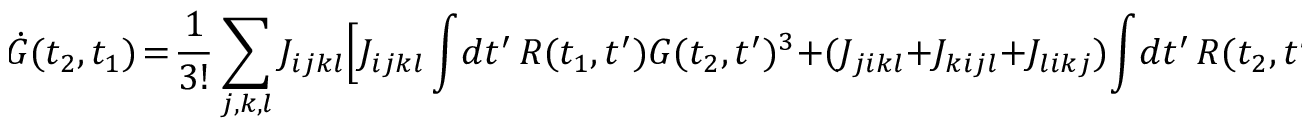
\! \dot { G } ( t _ { 2 } , t _ { 1 } ) \! = \! \frac { 1 } { 3 ! } \sum _ { j , k , l } J _ { i j k l } \Big [ J _ { i j k l } \int \! d t ^ { \prime } \, R ( t _ { 1 } , t ^ { \prime } ) G ( t _ { 2 } , t ^ { \prime } ) ^ { 3 } + ( J _ { j i k l } + J _ { k i j l } + J _ { l i k j } ) \! \int \! d t ^ { \prime } \, R ( t _ { 2 } , t ^ { \prime } ) G ( t ^ { \prime } , t _ { 1 } ) G ( t ^ { \prime } , t _ { 2 } ) ^ { 2 } \Big ]